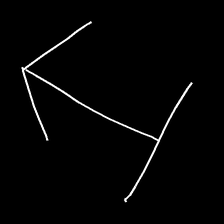
Glyph: levitation